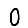
Digit: 0